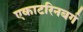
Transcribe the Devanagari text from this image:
एकाटरिनबर्ग